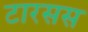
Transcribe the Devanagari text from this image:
टारसस